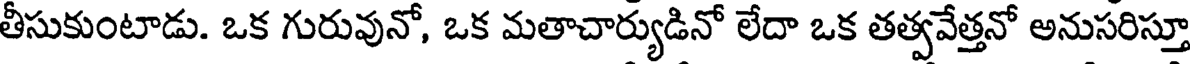
తీసుకుంటాడు. ఒక గురువునో, ఒక మతాచార్యుడినో లేదా ఒక తత్వవేత్తనో అనుసరిస్తూ